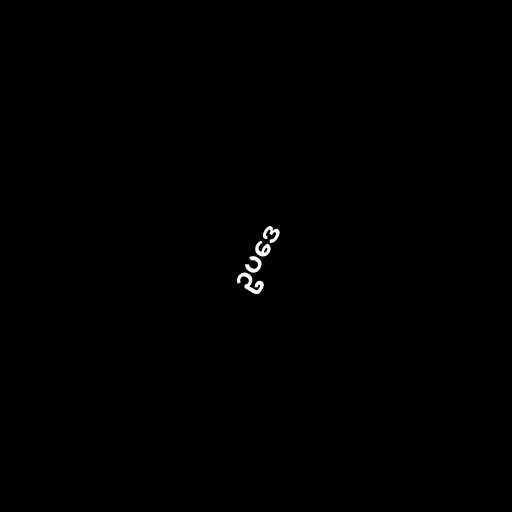
ဥပဒေ